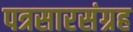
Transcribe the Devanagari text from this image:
पत्रसारसंग्रह